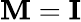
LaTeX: \mathbf{M}=\mathbf{I}